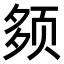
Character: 𫖰